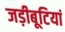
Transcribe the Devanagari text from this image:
जड़ीबूटियां